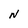
Character: N